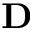
\mathbf { D }